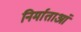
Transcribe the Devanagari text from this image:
निर्माताआं